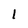
Character: 1